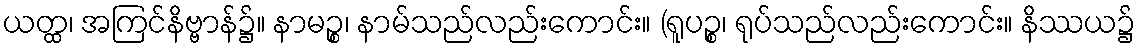
ယတ္ထ၊ အကြင်နိဗ္ဗာန်၌။ နာမဉ္စ၊ နာမ်သည်လည်းကောင်း။ (ရူပဉ္စ၊ ရုပ်သည်လည်းကောင်း။ နိဿယ၌